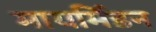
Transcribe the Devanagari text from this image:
मायर्मिडन